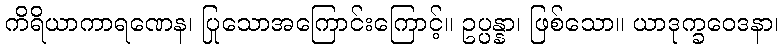
ကိရိယာကာရဏေန၊ ပြုသောအကြောင်းကြောင့်။ ဥပ္ပန္နာ၊ ဖြစ်သော။ ယာဒုက္ခဝေဒနာ၊